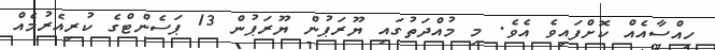
ހިއްސާއެއް ކޮށްފައިވެ އެވެ. މި މުއްދަތުގައި ޔޫރަޕުން ޔޫރަޕުން 13 ޕަސެންޓްގެ ކުރިއެރުމެއް